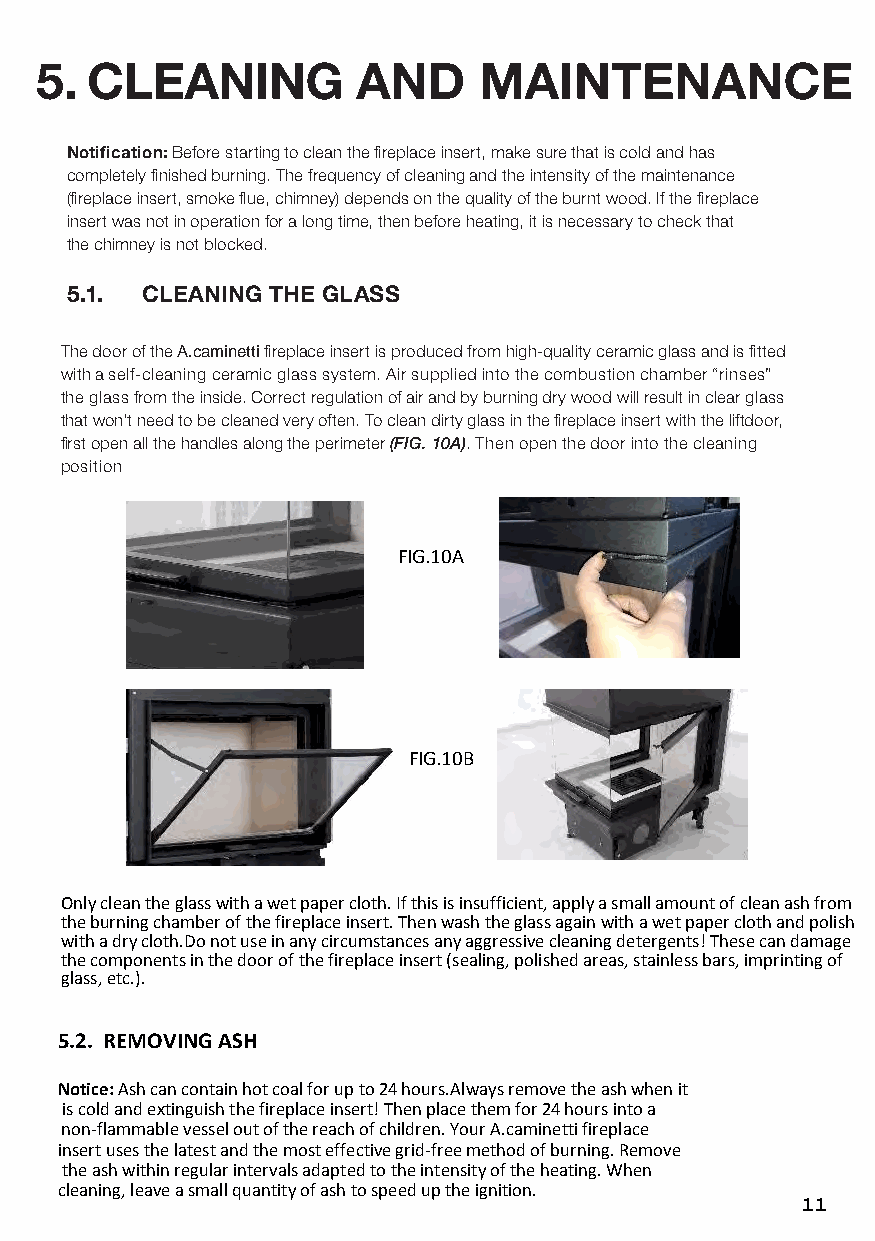
5.  ClEaNiNG          aND     MaiNTENaNCE
 Notification: Before starting to clean the fireplace insert, make sure that is cold and has
 completely finished burning. The frequency of cleaning and the intensity of the maintenance
 (fireplace insert, smoke flue, chimney) depends on the quality of the burnt wood. If the fireplace
 insert was not in operation for a long time, then before heating, it is necessary to check that
 the chimney is not blocked.
 5.1. ClEaNiNG ThE GlaSS
 The door of the A.caminetti fireplace insert is produced from high-quality ceramic glass and is fitted
 with a self-cleaning ceramic glass system. Air supplied into the combustion chamber “rinses”
 the glass from the inside. Correct regulation of air and by burning dry wood will result in clear glass
 that won’t need to be cleaned very often. To clean dirty glass in the fireplace insert with the liftdoor,
 first open all the handles along the perimeter (Fig. 10a). Then open the door into the cleaning
 position
 11